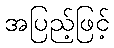
အပြည့်ဖြင့်